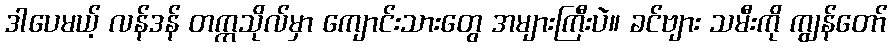
ဒါပေမယ့် လန်ဒန် တက္ကသိုလ်မှာ ကျောင်းသားတွေ အများကြီးပဲ။ ခင်ဗျား သမီးကို ကျွန်တော်